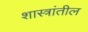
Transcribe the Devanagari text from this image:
शास्त्रांतील